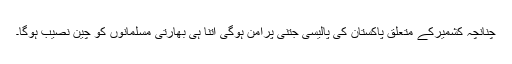
چنانچہ کشمیرکے متعلق پاکستان کی پالیسی جتنی پرامن ہوگی اتنا ہی بھارتی مسلمانوں کو چین نصیب ہوگا۔